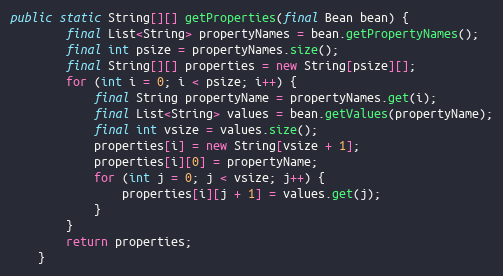
Language: Java
public static String[][] getProperties(final Bean bean) {
        final List<String> propertyNames = bean.getPropertyNames();
        final int psize = propertyNames.size();
        final String[][] properties = new String[psize][];
        for (int i = 0; i < psize; i++) {
            final String propertyName = propertyNames.get(i);
            final List<String> values = bean.getValues(propertyName);
            final int vsize = values.size();
            properties[i] = new String[vsize + 1];
            properties[i][0] = propertyName;
            for (int j = 0; j < vsize; j++) {
                properties[i][j + 1] = values.get(j);
            }
        }
        return properties;
    }